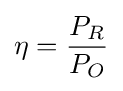
\eta ={P_{R} \over P_{O}}